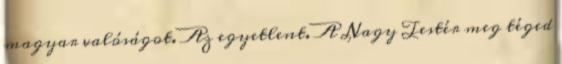
magyar valóságot. Az egyetlent. A Nagy Testér meg téged